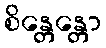
စိန္တေန္တော